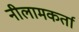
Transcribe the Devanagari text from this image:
नीलामकर्ता